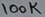
Text: 100K